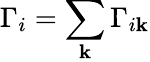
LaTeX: \Gamma_{i}=\sum_{\mathbf{k}}\Gamma_{i\mathbf{k}}